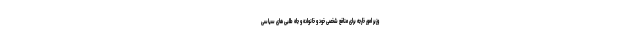
وزیر امور خارجه برای منافع شخصی خود و خانواده و جاه طلبی های سیاسی